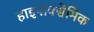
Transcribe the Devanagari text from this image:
हाइपोक्सेमिक